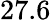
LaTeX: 27.6\,